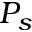
P _ { s }